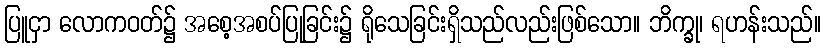
ပြူငှာ လောကဝတ်၌ အစေ့အစပ်ပြုခြင်း၌ ရိုသေခြင်းရှိသည်လည်းဖြစ်သော။ ဘိက္ခု၊ ရဟန်းသည်။